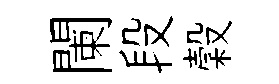
闌段穀